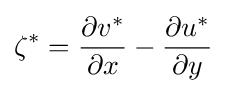
\zeta ^{*}={\frac {\partial v^{*}}{\partial x}}-{\frac {\partial u^{*}}{\partial y}}